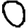
Digit: 0